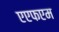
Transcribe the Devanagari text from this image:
एएफएम